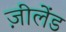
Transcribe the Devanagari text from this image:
ज़ीलेंड